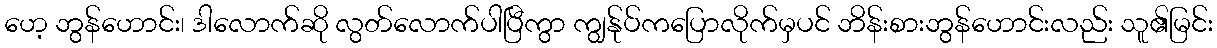
ဟေ့ ဘွန်ဟောင်း၊ ဒါလောက်ဆို လွတ်လောက်ပါပြီကွာ ကျွန်ုပ်ကပြောလိုက်မှပင် ဘိန်းစားဘွန်ဟောင်းလည်း သူ၏မြင်း